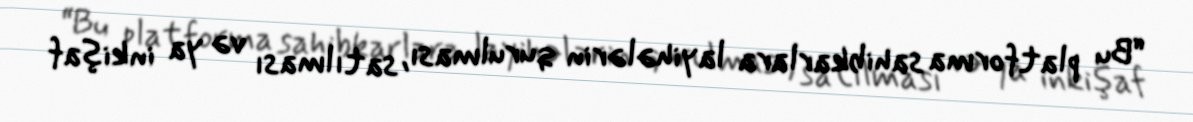
“Bu platforma sahibkarlara layihələrin qurulması, satılması və ya inkişaf